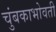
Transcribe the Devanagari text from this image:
चुंबकाभोवती